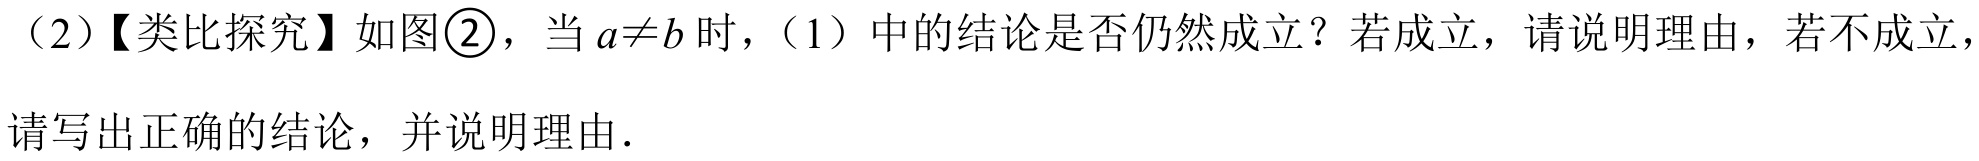
（2）【类比探究】如图\textcircled{2}，当 \(a\neq b\) 时，（1）中的结论是否仍然成立？若成立，请说明理由，若不成立，请写出正确的结论，并说明理由．